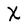
Character: x